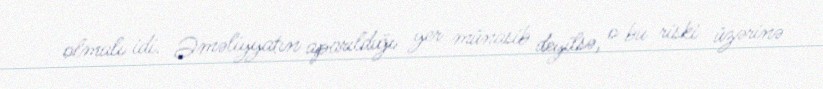
olmalı idi. Əməliyyatın aparıldığı yer münasib deyilsə, o bu riski üzərinə